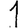
Digit: 1